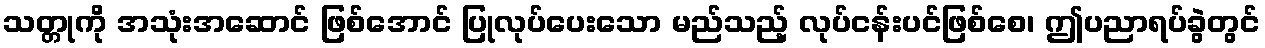
သတ္တုကို အသုံးအဆောင် ဖြစ်အောင် ပြုလုပ်ပေးသော မည်သည့် လုပ်ငန်းပင်ဖြစ်စေ၊ ဤပညာရပ်ခွဲတွင်